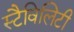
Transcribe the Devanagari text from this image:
स्टैविलिटी